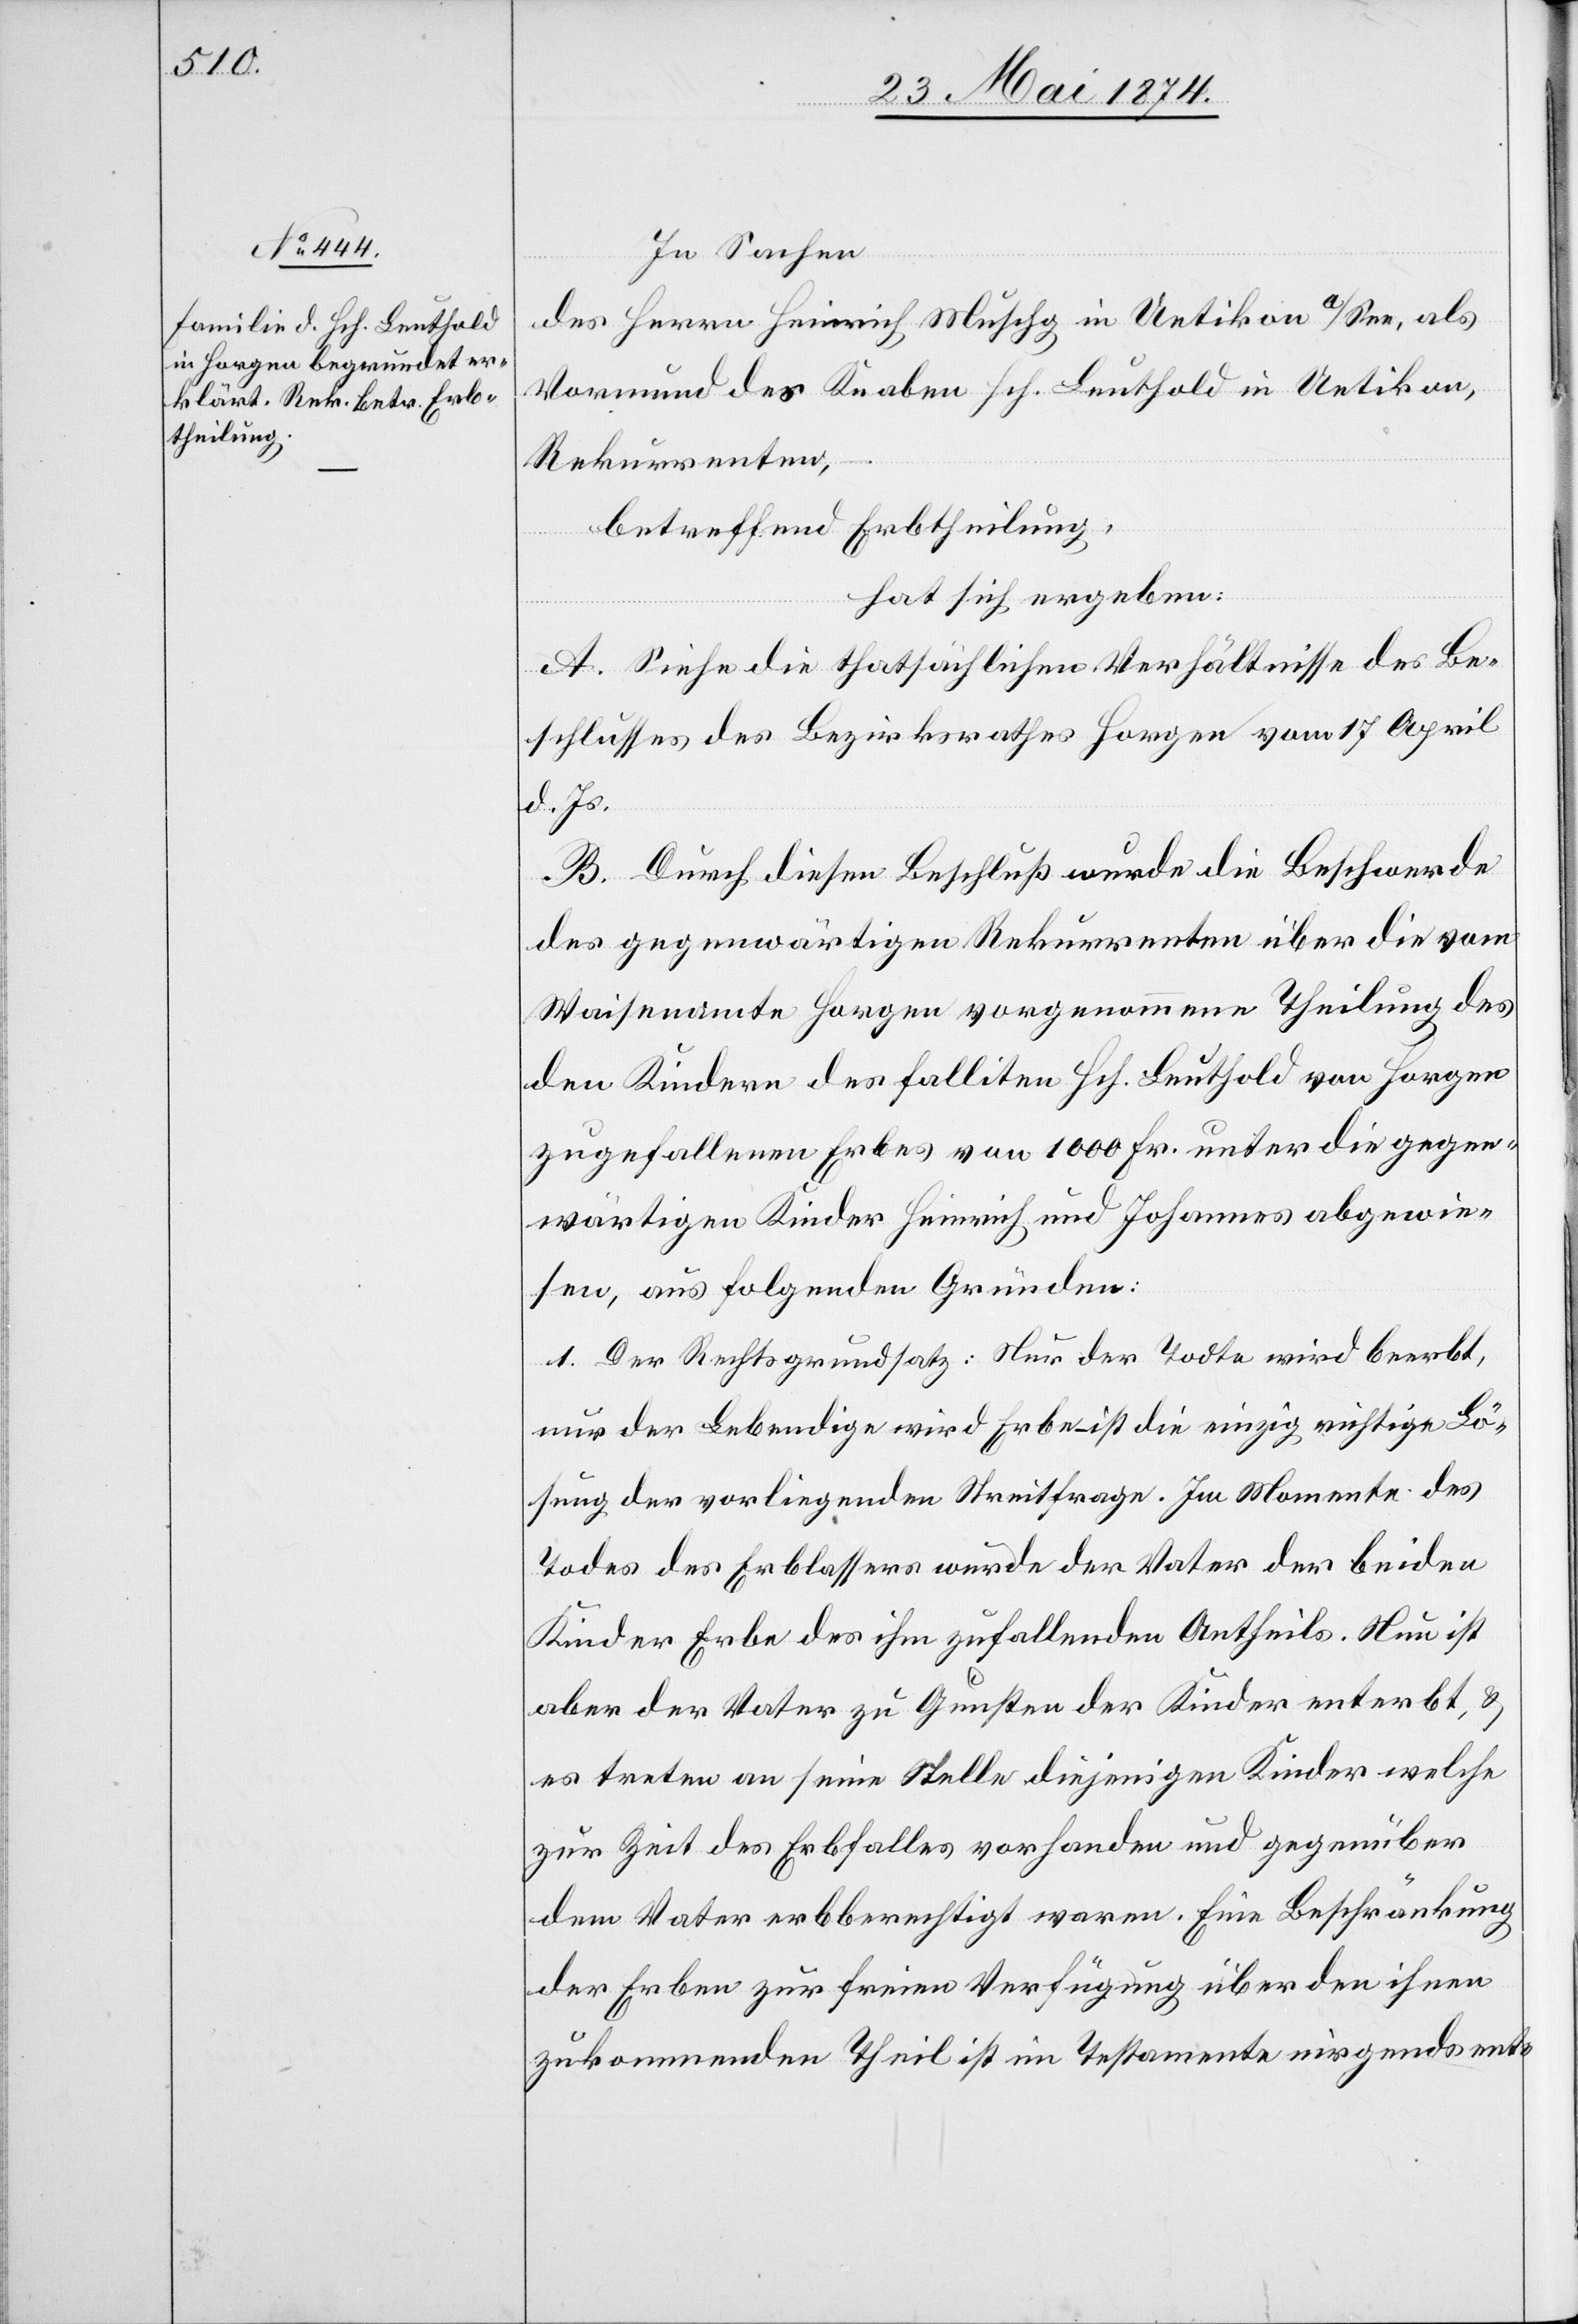
In Sachen
des Herrn Heinrich Muschg in Uetikon a/See, als
Vormund des Knaben Hch. Leuthold in Uetikon,
Rekurrenten,
betreffend Erbtheilung,
hat sich ergeben:
A. Siehe die thatsächlichen Verhältnisse des Be¬
schlusses des Bezirksrathes Horgen vom 17. April
d. Js.
B. Durch diesen Beschluß wurde die Beschwerde
des gegenwärtigen Rekurrenten über die vom
Waisenamte Horgen vorgenommene Theilung des
den Kindern des falliten Hch. Leuthold von Horgen
zugefallenen Erbes von 1000 Fr. unter die gegen¬
wärtigen Kinder Heinrich und Johannes abgewie¬
sen, aus folgenden Gründen:
1. Der Rechtsgrundsatz: Nur der Todte wird beerbt,
nur der Lebendige wird Erbe – ist die einzig richtige Lö¬
sung der vorliegenden Streitfrage. Im Momente des
Todes des Erblassers wurde der Vater der beiden
Kinder Erbe des ihm zufallenden Antheils. Neu ist
aber der Vater zu Gunsten der Kinder enterbt, u.
es treten an seine Stelle diejenigen Kinder welche
zur Zeit des Erbfalles vorhanden und gegenüber
dem Vater erbberechtigt waren. Eine Beschränkung
der Erben zur freien Verfügung über den ihnen
zukommenden Theil ist im Testamente nirgends ent-